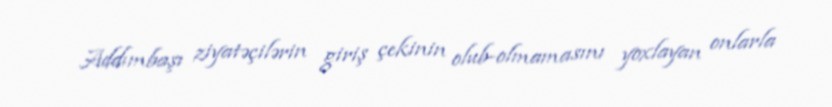
Addımbaşı ziyatəçilərin giriş çekinin olub-olmamasını yoxlayan onlarla